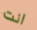
انت